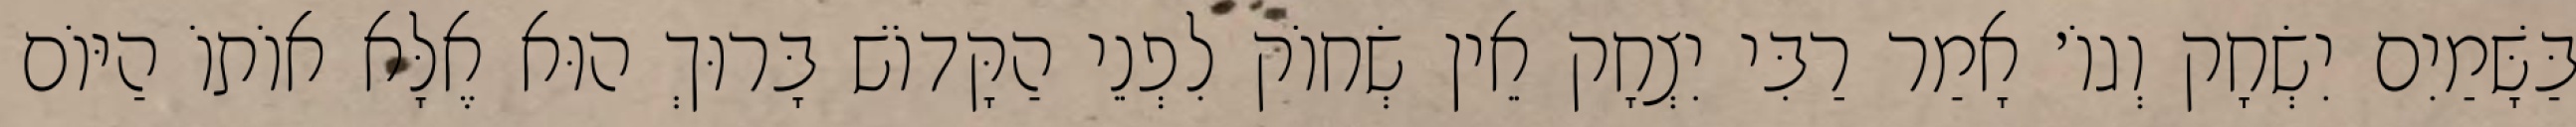
בַּשָּׁמַיִם יִשְׂחָק וְגוֹ׳ אָמַר רַבִּי יִצְחָק אֵין שְׂחוֹק לִפְנֵי הַקָּדוֹשׁ בָּרוּךְ הוּא אֶלָּא אוֹתוֹ הַיּוֹם